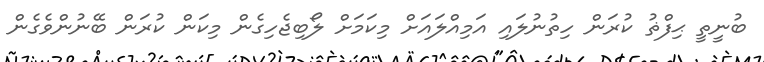
ބުނީތީ ޙިފްޡު ކުރަން ހިތުނުލައި އަމިއްލައަށް މިކަމަށް ލޯބިޖެހިގެން މިކަން ކުރަން ބޭނުންވެގެން